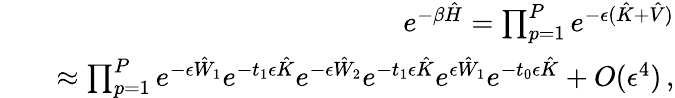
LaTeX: \begin{array}{rlr}&{}&{e^{-\beta\hat{H}}=\prod_{p=1}^{P}e^{-\epsilon(\hat{K}+\hat{V})}}\\ &{}&{\approx\prod_{p=1}^{P}e^{-\epsilon\hat{W}_{1}}e^{-t_{1}\epsilon\hat{K}}e^{-\epsilon\hat{W}_{2}}e^{-t_{1}\epsilon\hat{K}}e^{\epsilon\hat{W}_{1}}e^{-t_{0}\epsilon\hat{K}}+O(\epsilon^{4})\, ,}\end{array}